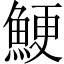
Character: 鯁